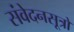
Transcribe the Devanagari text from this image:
संवेदनसूत्रों